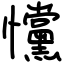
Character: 戃